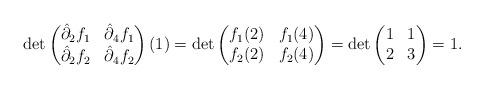
LaTeX: \begin{align*} \det \begin{pmatrix} \hat{\partial}_2 f_1 & \hat{\partial}_4 f_1 \\ \hat{\partial}_2 f_2 & \hat{\partial}_4 f_2 \end{pmatrix} (1) = \det \begin{pmatrix} f_1(2) & f_1(4) \\ f_2(2) & f_2(4) \end{pmatrix} = \det \begin{pmatrix} 1 & 1 \\ 2 & 3 \end{pmatrix} = 1.\end{align*}